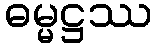
ဓမ္မဋ္ဌဿ